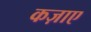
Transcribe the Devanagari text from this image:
कज़ाए